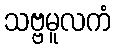
သဗ္ဗမူလကံ